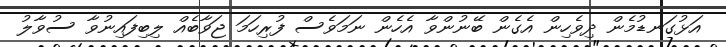
އަޅުގަނޑުމެން ދިވެހިން އެގެން ބޭނުންވާ އެހެން ނަމަވެސް ފުރިހަމަ ޖަވާބެއް ލިބިފައިނުވާ ސުވާލު